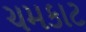
ચમકાટ